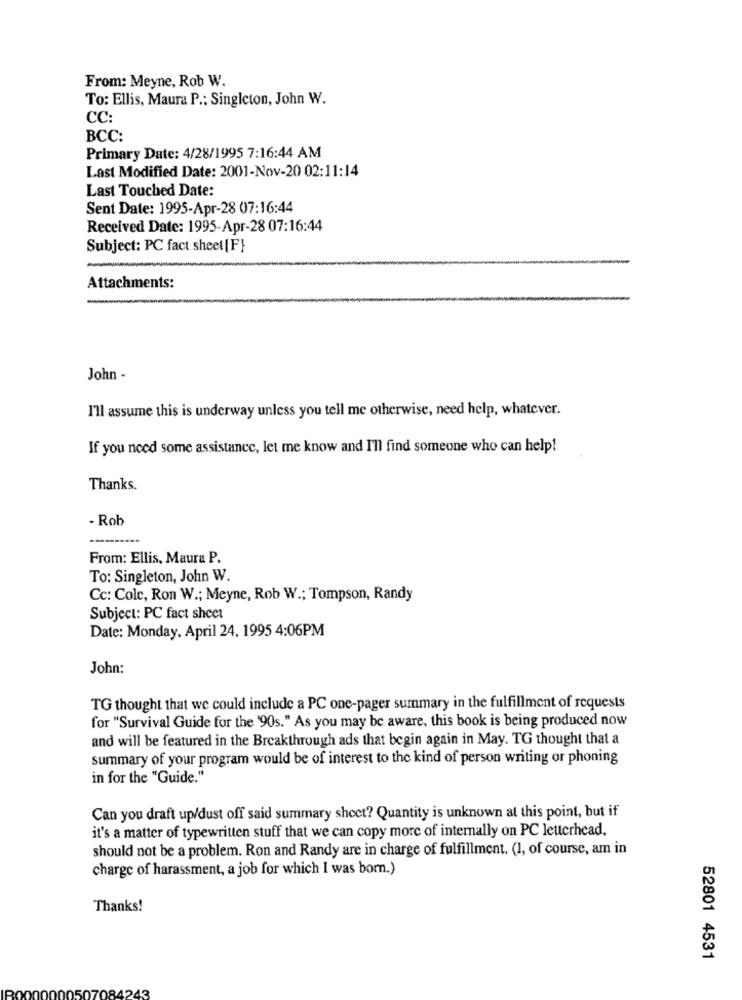
From: Meyne, Rob W.
To: Ellis, Maura P .: Singleton, John W.
CC:
BCC:
Primary Date: 4/28/1995 7:16:44 AM
Last Modified Date: 2001-Nov-20 02:11:14
Last Touched Date:
Sent Date: 1995-Apr-28 07:16:44
Received Date: 1995-Apr-28 07:16:44
Subject: PC fact sheet [F}
Attachments:
John -
I'll assume this is underway unless you tell me otherwise, need help, whatever.
If you need some assistance, let me know and I'll find someone who can help!
Thanks
- Rob
From: Ellis, Maura P.
To: Singleton, John W.
Cc: Cole, Ron W .; Meyne, Rob W .; Tompson, Randy
Subject: PC fact sheet
Date: Monday, April 24, 1995 4:06PM
John:
TG thought that we could include a PC one-pager summary in the fulfillment of requests
for "Survival Guide for the '90s." As you may be aware, this book is being produced now
and will be featured in the Breakthrough ads that begin again in May. TG thought that a
summary of your program would be of interest to the kind of person writing or phoning
in for the "Guide."
Can you draft up/dust off said summary sheet? Quantity is unknown at this point, but if
it's a matter of typewritten stuff that we can copy more of internally on PC letterhead,
should not be a problem. Ron and Randy are in charge of fulfillment. (1, of course, am in
charge of harassment, a job for which I was born.)
Thanks!
52801 4531